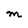
Character: M